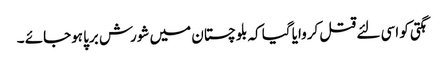
ہگتی کو اسی لئے قتل کروایا گیا کہ بلوچستان میں شورش برپا ہوجائے ۔